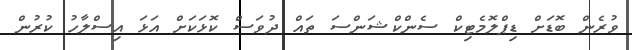
ވުރެން ބޮޑަށް ޑިޕްލޮމެޓިކް ސެންކްޝަންސަ ތައް ދުވަސް ކޮޅަކަށް އަޅަ އިސްލާހު ކުރުން